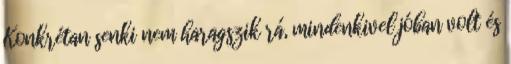
Konkrétan senki nem haragszik rá, mindenkivel jóban volt és